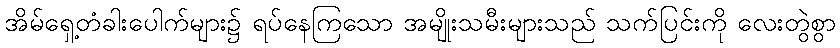
အိမ်ရှေ့တံခါးပေါက်များ၌ ရပ်နေကြသော အမျိုးသမီးများသည် သက်ပြင်းကို လေးတွဲစွာ